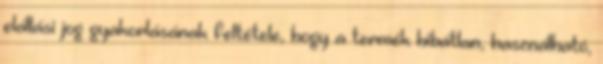
elállási jog gyakorlásának feltétele, hogy a termék hibátlan, használható,